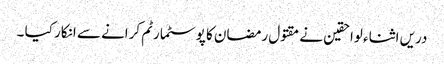
دریں اثناء لواحقین نے مقتول رمضان کا پوسٹمارٹم کرانے سے انکار کیا ۔